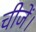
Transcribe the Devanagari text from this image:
चीजें।